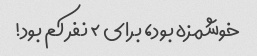
خوشمزه بود، برای ۲ نفر کم بود!